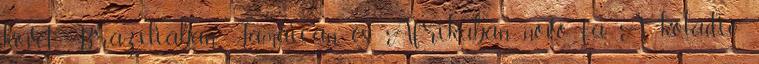
követ. Brazíliában, Jamaicán és Afrikában növő fa. A kóladió